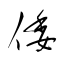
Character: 倭